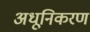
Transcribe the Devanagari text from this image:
अधूनिकरण